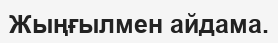
Жыңғылмен айдама.